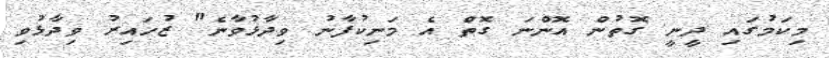
މިކަމުގައި ދީނީ ގޮތުން އޮންނަ ގޮތް އެ މަނިކުފާނު ވިދާޅުވާނެ" ޒުހައިރު ވިދާޅުވި